Report on vaccination in the Province of Bengal - 1874-1889
Year: 1874
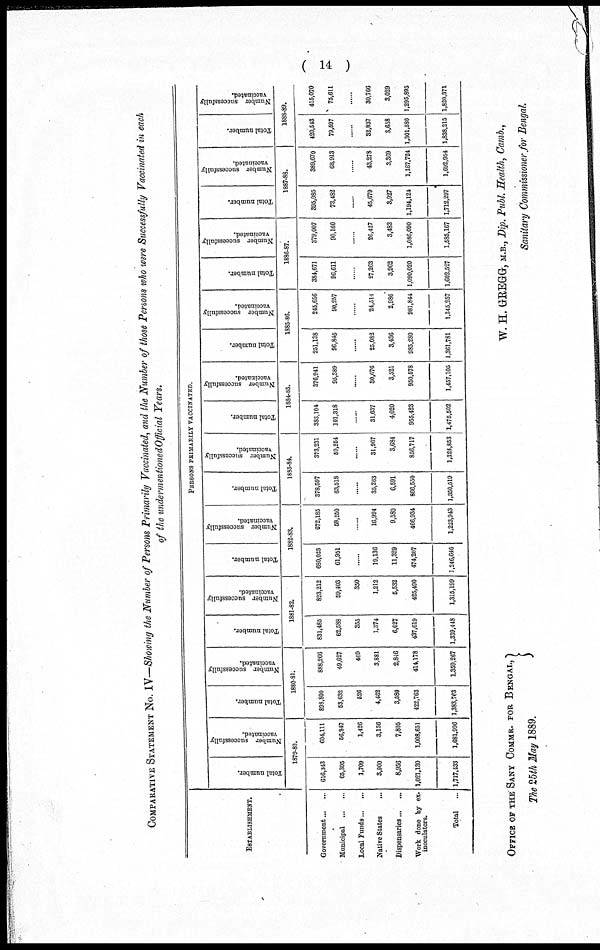
( 14 )
COMPARATIVE STATEMENT NO. IV—Showing the Number of Persons Primarily Vaccinated, and the Number of those Persons who were Successfully Vaccinated in each
of the undermentioned Official Years.
ESTABLISHMENT.
Government ... ...
Municipal
...
...
Local Funds ... ...
Native States ...
Dispensaries... ...
Work done by ex-
inoculators.
Total ...
PERSONS PRIMARILY VACCINATED.
Total number.
Number successfully
vaccinated.
1879-80.
616,343
65,395
1,709
3,900
8,956
1,021,130
1,717,433
604,111
56,847
1,426
3,156
7,805
1,008,651
1,681,996
Total number.
Number successfully
vaccinated.
1880-81.
898,800
53,632
526
4,462
3,580
422,763
1,383,763
888,266
49,627
469
3,881
2,846
414,178
1,359,267
Total number.
Number successfully
vaccinated.
1881-82.
831,485
62,588
355
1,374
6,027
437,619
1,339,448
823,212
59,403
350
1,212
5,532
425,490
1,315,199
Total number.
Number successfully
vaccinated.
1882-83.
680,023
61,951
......
19,136
11,329
474,207
1,246,646
672,185
58,250
......
16,994
9,580
466,934
1,223,943
Total number.
Number successfully
vaccinated.
1883-84.
378,597
63,518
......
35,263
6,591
866,550
1,350,519
373,231
59,254
......
31,967
3,684
856,717
1,324,853
Total number.
Number successfully
vaccinated.
1884-85.
383,104
101,318
......
31,637
4,020
955,423
1,475,502
376,941
95,389
......
30,676
3,521
950,578
1,457,105
Total number.
Number successfully
vaccinated.
1885-86.
251,138
96,845
......
25,082
3,436
985,280
1,361,781
245,656
90,257
......
24,514
2,986
981,844
1,345,257
Total number.
Number successfully
vaccinated.
1886-87.
384,671
96,611
......
27,263
3,962
1,090,020
1,602,527
379,007
90,160
......
26,427
3,483
1,086,090
1,585,167
Total number.
Number successfully
vaccinated.
1887-88.
395,085
73,482
......
45,679
3,927
1,194,124
1,712,297
389,670
68,913
......
43,278
3,369
1,187,724
1,692,954
Total number.
Number successfully
vaccinated.
1888-89.
420,543
79,597
......
32,837
3,658
1,301,580
1,838,215
415,070
75,611
......
30,766
3,029
1,295,895
1,820,371
OFFICE OF THE SANY COMMR. FOR BENGAL,
The 25th May 1889.
W. H. GREGG, M.B., Dip. Publ. Health, Camb.,
Sanitary Commissioner for Bengal.